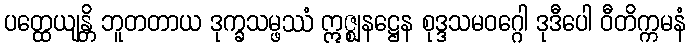
ပတ္ထေယျန္တိ ဘူတတာယ ဒုက္ခသမ္ဖဿံ ဣဇ္ဈနဋ္ဌေန စုဒ္ဒသမဝဂ္ဂေါ ဒုဒီပေါ ဝီတိက္ကမနံ